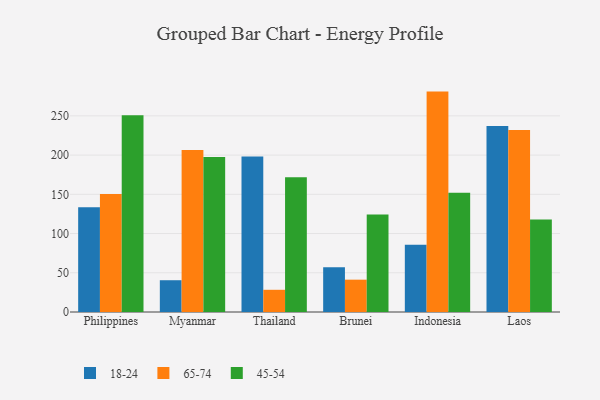
{"axis": {"x": "Country", "y": "Tickets Resolved"}, "legend": ["18-24", "45-54", "65-74"], "data": [{"x": "Philippines", "y": 133.6, "type": "18-24"}, {"x": "Philippines", "y": 150.4, "type": "65-74"}, {"x": "Philippines", "y": 250.7, "type": "45-54"}, {"x": "Myanmar", "y": 40.5, "type": "18-24"}, {"x": "Myanmar", "y": 206.5, "type": "65-74"}, {"x": "Myanmar", "y": 197.6, "type": "45-54"}, {"x": "Thailand", "y": 198.2, "type": "18-24"}, {"x": "Thailand", "y": 28.3, "type": "65-74"}, {"x": "Thailand", "y": 171.6, "type": "45-54"}, {"x": "Brunei", "y": 57.0, "type": "18-24"}, {"x": "Brunei", "y": 41.2, "type": "65-74"}, {"x": "Brunei", "y": 124.2, "type": "45-54"}, {"x": "Indonesia", "y": 85.8, "type": "18-24"}, {"x": "Indonesia", "y": 280.9, "type": "65-74"}, {"x": "Indonesia", "y": 151.9, "type": "45-54"}, {"x": "Laos", "y": 237.2, "type": "18-24"}, {"x": "Laos", "y": 232.0, "type": "65-74"}, {"x": "Laos", "y": 117.9, "type": "45-54"}]}